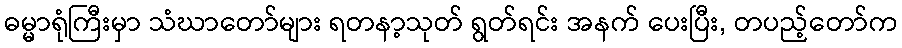
ဓမ္မာရုံကြီးမှာ သံဃာတော်များ ရတနာ့သုတ် ရွတ်ရင်း အနက် ပေးပြီး, တပည့်တော်က